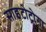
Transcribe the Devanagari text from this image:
साइटोट्रोगा